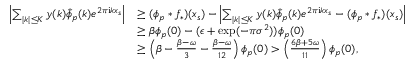
\begin{array} { r l } { \left| \sum _ { | k | \le K } y ( k ) \hat { \phi } _ { p } ( k ) e ^ { 2 \pi \mathrm { i } k x _ { s } } \right| } & { \ge ( \phi _ { p } * f _ { * } ) ( x _ { s } ) - \left| \sum _ { | k | \le K } y ( k ) \hat { \phi } _ { p } ( k ) e ^ { 2 \pi \mathrm { i } k x _ { s } } - ( \phi _ { p } * f _ { * } ) ( x _ { s } ) \right| } \\ & { \ge \beta \phi _ { p } ( 0 ) - ( \epsilon + \exp ( - \pi \sigma ^ { 2 } ) ) \phi _ { p } ( 0 ) } \\ & { \ge \left( \beta - \frac { \beta - \omega } { 3 } - \frac { \beta - \omega } { 1 2 } \right) \phi _ { p } ( 0 ) > \left( \frac { 6 \beta + 5 \omega } { 1 1 } \right) \phi _ { p } ( 0 ) , } \end{array}